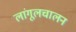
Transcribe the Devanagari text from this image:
लांगूलचालन